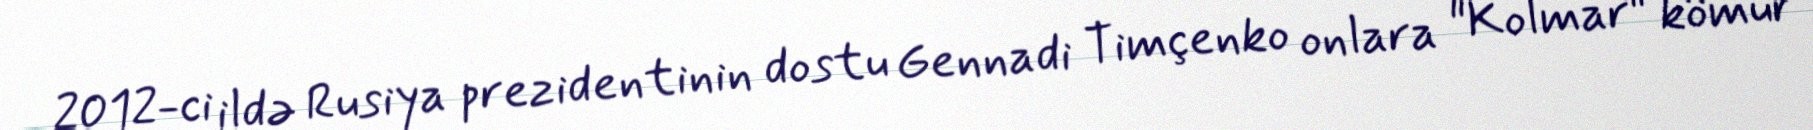
2012-ci ildə Rusiya prezidentinin dostu Gennadi Timçenko onlara "Kolmar" kömür